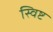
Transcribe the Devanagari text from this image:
स्विष्ट